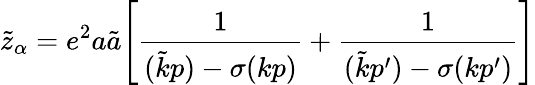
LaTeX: \tilde{z}_{\alpha}=e^{2}a\tilde{a}\Bigg[\frac{1}{(\tilde{k}p)-\sigma(kp)}+\frac{1}{(\tilde{k}p^{\prime})-\sigma(kp^{\prime})}\Bigg]